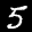
Label: 5